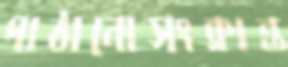
পাঠানোসংক্রান্ত